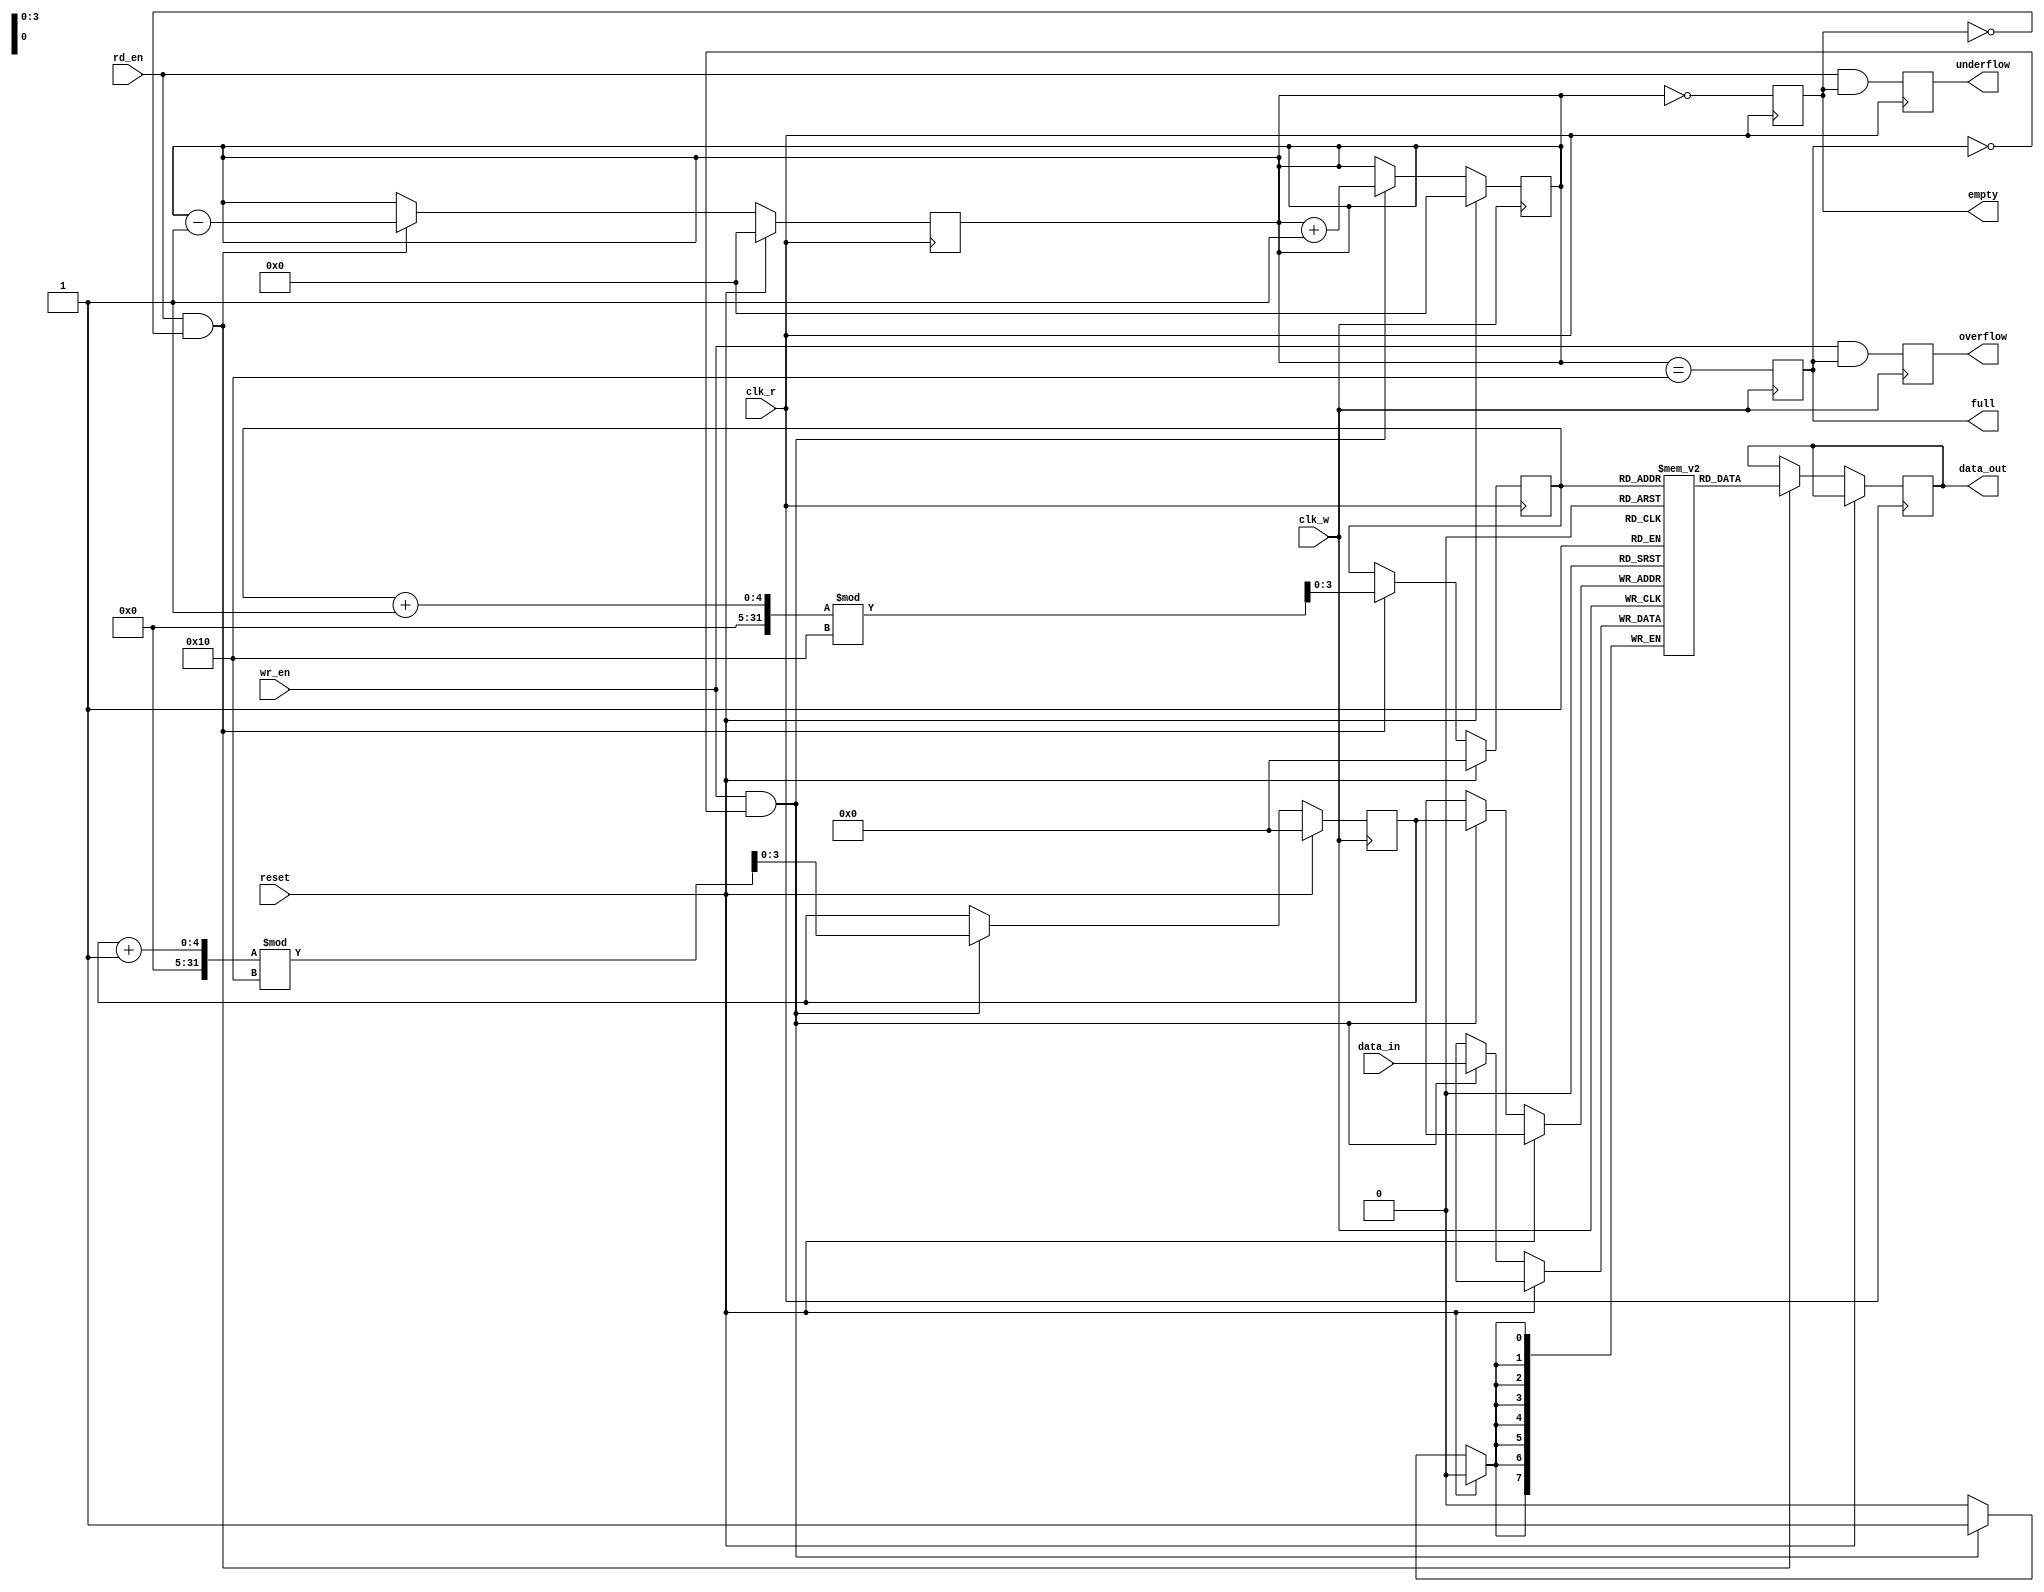
module dual_clock_fifo #(
    parameter DATA_WIDTH = 8,  // Width of each data entry
    parameter DEPTH = 16        // Maximum number of entries in the FIFO
)(
    input wire clk_w,           // Write clock
    input wire clk_r,           // Read clock
    input wire reset,           // Synchronous reset
    input wire wr_en,           // Write enable
    input wire rd_en,           // Read enable
    input wire [DATA_WIDTH-1:0] data_in, // Data input
    output reg [DATA_WIDTH-1:0] data_out, // Data output
    output reg full,            // FIFO full flag
    output reg empty,           // FIFO empty flag
    output reg overflow,        // Overflow condition flag
    output reg underflow        // Underflow condition flag
);

    // Memory storage
    reg [DATA_WIDTH-1:0] fifo_mem [0:DEPTH-1];
    
    // Pointers and count
    reg [3:0] wp;               // Write pointer
    reg [3:0] rp;               // Read pointer
    reg [4:0] count;            // Current count of entries

    // Synchronization registers for pointers
    reg [3:0] rp_sync;          // Synchronized read pointer
    reg [3:0] wp_sync;          // Synchronized write pointer

    // Write operation
    always @(posedge clk_w) begin
        if (reset) begin
            wp <= 0;
            count <= 0;
            full <= 0;
            overflow <= 0;
        end else if (wr_en && !full) begin
            fifo_mem[wp] <= data_in; // Write data
            wp <= (wp + 1) % DEPTH;   // Increment write pointer
            count <= count + 1;       // Update count
        end
        // Update full flag
        full <= (count == DEPTH);
        // Check for overflow
        overflow <= (wr_en && full);
    end

    // Read operation
    always @(posedge clk_r) begin
        if (reset) begin
            rp <= 0;
            count <= 0;
            empty <= 1;
            underflow <= 0;
        end else if (rd_en && !empty) begin
            data_out <= fifo_mem[rp]; // Read data
            rp <= (rp + 1) % DEPTH;    // Increment read pointer
            count <= count - 1;        // Update count
        end
        // Update empty flag
        empty <= (count == 0);
        // Check for underflow
        underflow <= (rd_en && empty);
    end

    // Synchronize read and write pointers
    always @(posedge clk_r or posedge reset) begin
        if (reset) begin
            rp_sync <= 0;
        end else begin
            rp_sync <= rp; // Synchronize read pointer
        end
    end

    always @(posedge clk_w or posedge reset) begin
        if (reset) begin
            wp_sync <= 0;
        end else begin
            wp_sync <= wp; // Synchronize write pointer
        end
    end

endmodule